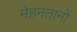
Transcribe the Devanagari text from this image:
मेहनतानों